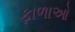
ફાળાઓ